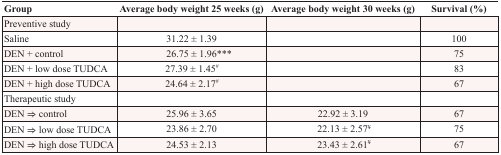
| Group | Average body weight 25 weeks (g) | Average body weight 30 weeks (g) | Survival (%) |
 | --- | --- | --- | --- |
 | Preventive study |  |  |  |
 | Saline | 31.22 ± 1.39 |  | 100 |
 | DEN + control | 26.75 ± 1.96*** |  | 75 |
 | DEN + low dose TUDCA | 27.39 ± 1.45# |  | 83 |
 | DEN + high dose TUDCA | 24.64 ± 2.17# |  | 67 |
 | Therapeutic study |  |  |  |
 | DEN ⇒ control | 25.96 ± 3.65 | 22.92 ± 3.19 | 67 |
 | DEN ⇒ low dose TUDCA | 23.86 ± 2.70 | 22.13 ± 2.57¥ | 75 |
 | DEN ⇒ high dose TUDCA | 24.53 ± 2.13 | 23.43 ± 2.61¥ | 67 |